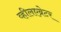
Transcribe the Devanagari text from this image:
व्हीलएब्रेटर